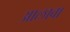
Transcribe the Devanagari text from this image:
अालावा